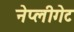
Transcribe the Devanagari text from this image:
नेप्लीगेट